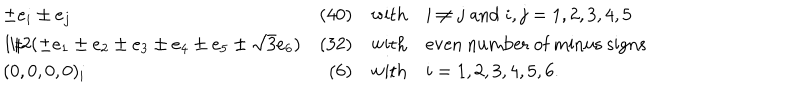
LaTeX: \begin{array} { l r c l } { { \pm e _ { i } \pm e _ { j } } } & { { ( 4 0 ) } } & { { \mathrm { w i t h } } } & { { i \neq j \; \mathrm { a n d } \; i , j = 1 , 2 , 3 , 4 , 5 } } \\ { { 1 / 2 ( \pm e _ { 1 } \pm e _ { 2 } \pm e _ { 3 } \pm e _ { 4 } \pm e _ { 5 } \pm \sqrt { 3 } e _ { 6 } ) } } & { { ( 3 2 ) } } & { { \mathrm { w i t h } } } & { { \mathrm { e v e n ~ n u m b e r ~ o f ~ m i n u s ~ s i g n s } } } \\ { { ( 0 , 0 , 0 , 0 ) _ { i } } } & { { ( 6 ) } } & { { \mathrm { w i t h } } } & { { i = 1 , 2 , 3 , 4 , 5 , 6 . } } \\ \end{array}